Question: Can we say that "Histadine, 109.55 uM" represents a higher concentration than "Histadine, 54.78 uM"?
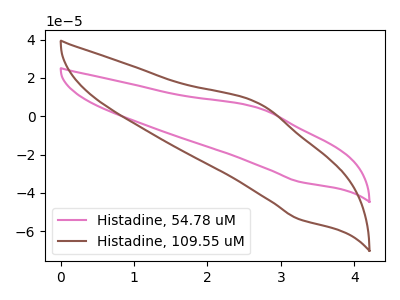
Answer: <think>The pink curve "Histadine, 54.78 uM" has an anodic peak at (2.70V, 4.30uA) and a cathodic peak at (3.25V, -34.10uA). The brown curve "Histadine, 109.55 uM" has an anodic peak at (2.70V, 6.70uA) and a cathodic peak at (3.25V, -53.65uA).
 All the peaks in "Histadine, 109.55 uM" have a peak in "Histadine, 54.78 uM" at the same potential. Every peak in "Histadine, 109.55 uM" is higher than every peak in "Histadine, 54.78 uM".</think>
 <answer>"Histadine, 109.55 uM" has more signal than "Histadine, 54.78 uM" and so likely has a higher concentration.</answer>
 <eval>more_concentration</eval>